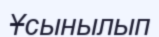
Ұсынылып